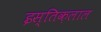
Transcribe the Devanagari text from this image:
इस्तिक़लाल